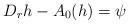
LaTeX: \begin{align*}D_{r} h - A_0(h) = \psi\end{align*}